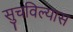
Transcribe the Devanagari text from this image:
सुचविल्यास